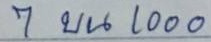
7 บน 1000